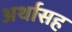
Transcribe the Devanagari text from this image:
अर्थासह